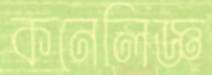
কনেলিজ্ঞ